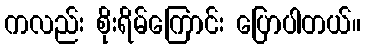
ကလည်း စိုးရိမ်ကြောင်း ပြောပါတယ်။